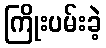
ကြိုးပမ်းခဲ့